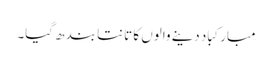
مبارکباد دینے والوں کا تانتا بند ھ گیا۔